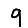
Digit: 9